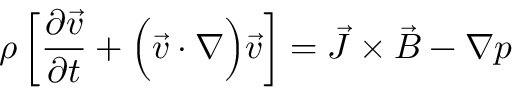
\rho \left[ \frac { \partial \vec { v } } { \partial t } + \Big ( \vec { v } \cdot \nabla \Big ) \vec { v } \right] = \vec { J } \times \vec { B } - \nabla p